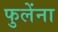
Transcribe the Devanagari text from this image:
फुलेंना